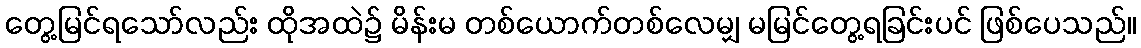
တွေ့မြင်ရသော်လည်း ထိုအထဲ၌ မိန်းမ တစ်ယောက်တစ်လေမျှ မမြင်တွေ့ရခြင်းပင် ဖြစ်ပေသည်။